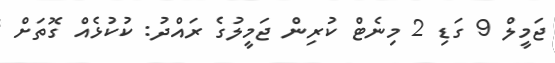
ޖަމީލް 9 ގަޑި 2 މިނެޓް ކުރިން ޖަމީލުގެ ރައްދު: ކުކުޅެއް ގޮތަށް